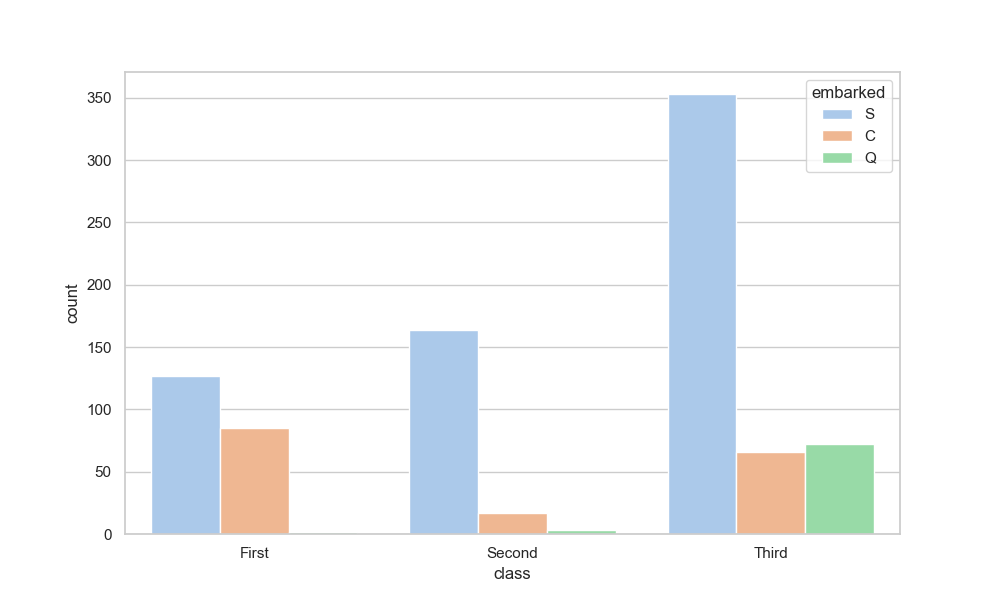
python, seaborn, countplot, x='class', palette='pastel', hue='embarked'